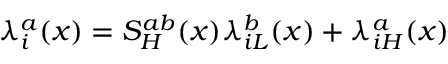
\lambda _ { i } ^ { a } ( x ) = S _ { H } ^ { a b } ( x ) \lambda _ { i L } ^ { b } ( x ) + \lambda _ { i H } ^ { a } ( x )